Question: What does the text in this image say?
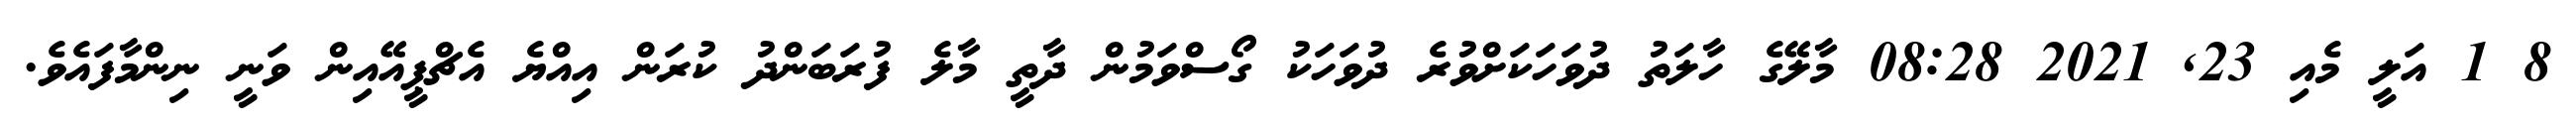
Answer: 8 1 އަލީ މެއި 23, 2021 08:28 މާލޭގެ ހާލަތު ދުވަހަކަށްވުރެ ދުވަހަކު ގޯސްވަމުން ދާތީ މާލެ ފުރަބަންދު ކުރަން އިއްޔެ އެޗްޕީއޭއިން ވަނީ ނިންމާފައެވެ.